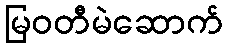
မြဝတီမဲဆောက်